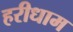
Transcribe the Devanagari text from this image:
हरीधाम